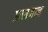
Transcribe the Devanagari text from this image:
प्रस्रवन